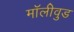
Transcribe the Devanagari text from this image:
मॉलीवुड